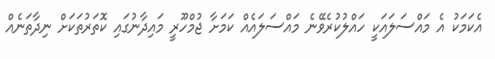
އެކަމަކު އެ މައްސަލައަކީ ހައްލުކުރެވޭނެ މައްސަލައެއް ކަމަށާ ޖުމްހޫރީ މައިދާނުގައި ކޮތަރުތަކަށް ނިދާތަނެއް